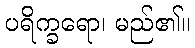
ပရိက္ခရော၊ မည်၏။